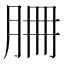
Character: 𦚻